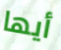
أيها